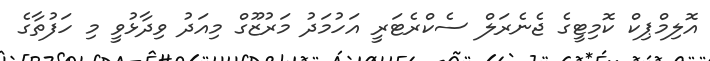
އޮލިމްޕިކް ކޮމިޓީގެ ޖެނެރަލް ސެކްރެޓަރީ އަހުމަދު މަރުޒޫގް މިއަދު ވިދާޅުވީ މި ހަފުތާގެ